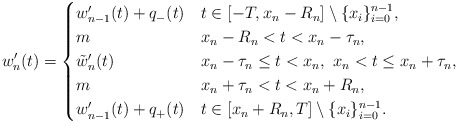
\begin{align*}w_n'(t) = \begin{cases} w_{n-1}'(t) + q_{-} (t) & t \in [ -T, x_n - R_n] \setminus \{ x_i \}_{i =0}^{n-1}, \\m & x_n -R_n < t < x_n - \tau_n, \\\tilde{w}_n'(t)& x_n - \tau_n \leq t < x_n, \ x_n < t \leq x_n + \tau_n, \\m & x_n + \tau_n < t < x_n + R_n, \\w_{n-1}'(t) + q_{+} (t) & t \in [x_n + R_n , T] \setminus \{ x_i \}_{i =0}^{n-1}. \end{cases}\end{align*}